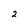
Character: 2